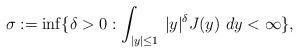
LaTeX: \begin{align*} \sigma := \inf \{ \delta >0 : \int_{|y|\leq 1}\,|y|^\delta J(y)~dy <\infty\},\end{align*}